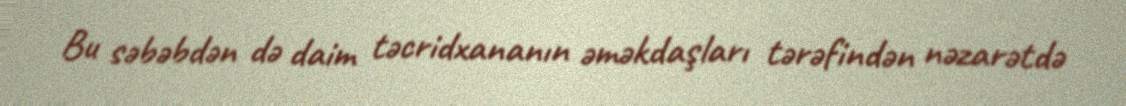
Bu səbəbdən də daim təcridxananın əməkdaşları tərəfindən nəzarətdə